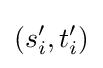
(s_{i}',t_{i}')